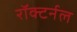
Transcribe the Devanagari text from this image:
रॉक्टर्नल